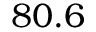
8 0 . 6